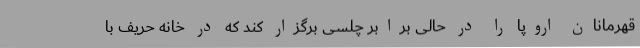
قهرمانان اروپا را در حالی برابر چلسی برگزار کند که در خانه حریف با